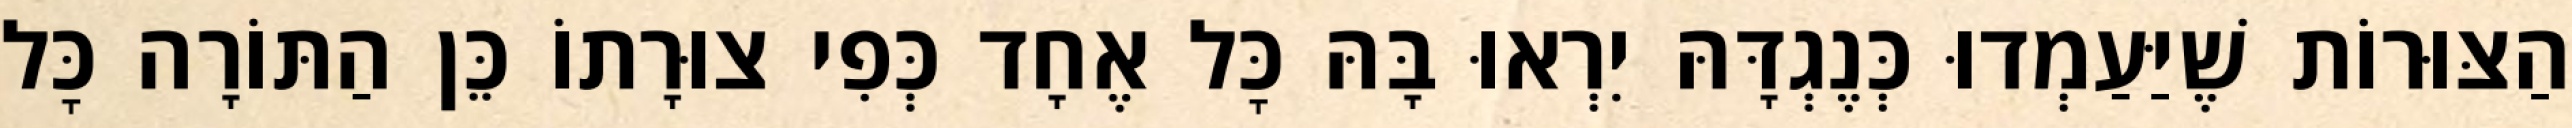
הַצּוּרוֹת שֶׁיַּעַמְדוּ כְּנֶגְדָּהּ יִרְאוּ בָּהּ כׇּל אֶחָד כְּפִי צוּרָתוֹ כֵּן הַתּוֹרָה כׇּל